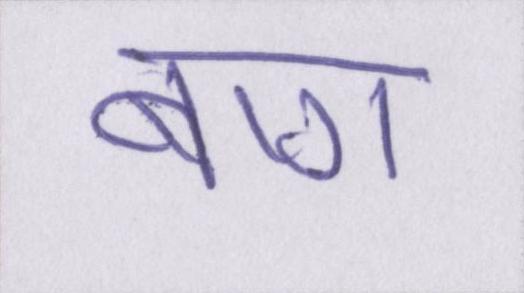
बाग